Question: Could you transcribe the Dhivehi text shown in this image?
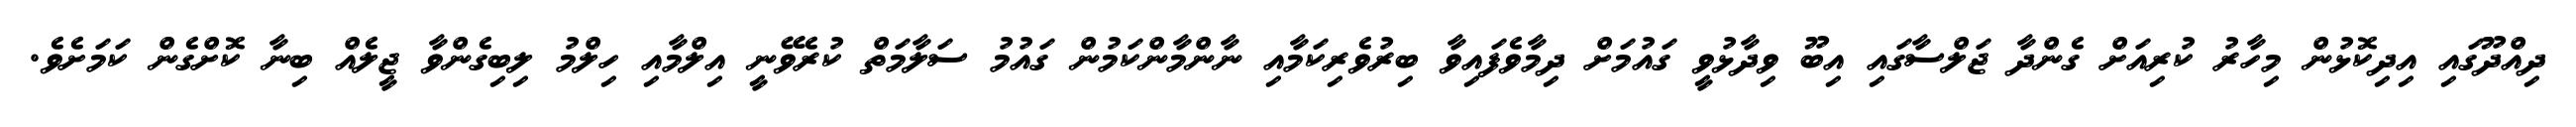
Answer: ދިއްދޫގައި އިދިކޮޅުން މިހާރު ކުރިއަށް ގެންދާ ޖަލްސާގައި އިބޫ ވިދާޅުވީ ގައުމަށް ދިމާވެފައިވާ ބިރުވެރިކަމާއި ނާންމާންކަމުން ގައުމު ސަލާމަތް ކުރެވޭނީ އިލްމާއި ހިލްމު ލިބިގެންވާ ޖީލެއް ބިނާ ކޮށްގެން ކަމަށެވެ.